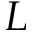
L